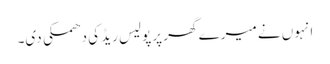
انہوں نے میرے گھر پرپولیس ریڈ کی دھمکی دی۔